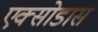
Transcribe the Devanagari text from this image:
एक्सोडास